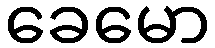
ခေမော